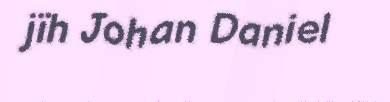
jïh Johan Daniel